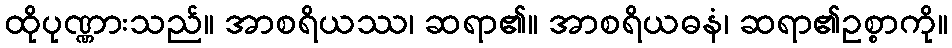
ထိုပုဏ္ဏားသည်။ အာစရိယဿ၊ ဆရာ၏။ အာစရိယဓနံ၊ ဆရာ၏ဥစ္စာကို။